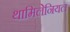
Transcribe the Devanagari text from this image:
थामिलेनियल